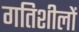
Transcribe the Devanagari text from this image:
गतिशीलों